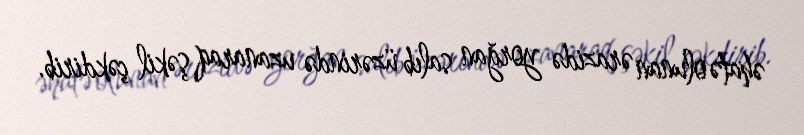
əhatə olunan ərazidə yorğan salıb üzərində uzanaraq şəkil çəkdirib.